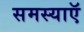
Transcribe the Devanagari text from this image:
समस्याऍ